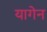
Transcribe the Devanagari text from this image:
यागेन